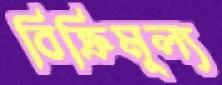
বিক্রিমূল্য